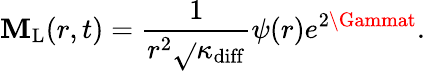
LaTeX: \mathbf{M}_{\mathrm{{L}}}(r,t)=\frac{{1}}{{r^{2}\sqrt{}{{\kappa_{\mathrm{{diff}}}}}}}\psi(r)e^{2\Gammat}.